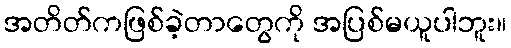
အတိတ်ကဖြစ်ခဲ့တာတွေကို အပြစ်မယူပါဘူး။